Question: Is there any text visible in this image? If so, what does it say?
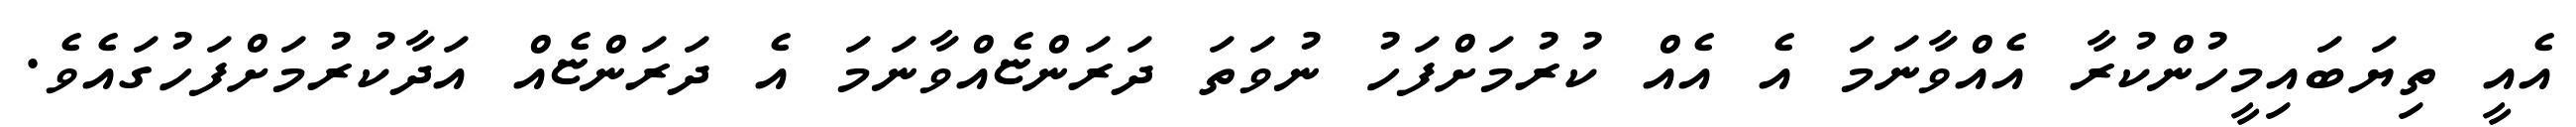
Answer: އެއީ ތިޔަބައިމީހުންކުރާ އެއްވާނަމަ އެ އެއް ކުރުމަށްފަހު ނުވަތަ ދަރަންޏެއްވާނަމަ އެ ދަރަންޏެއް އަދާކުރުމަށްފަހުގައެވެ.